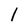
Character: l